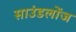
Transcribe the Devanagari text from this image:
साउंडलोंज